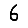
Digit: 6